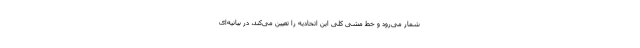
شمار می‌رود و خط مشی کلی این اتحادیه را تعیین می‌کند، در بیانیه‌ای